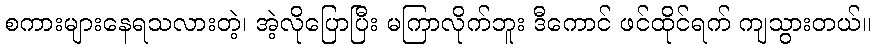
စကားများနေရသလားတဲ့၊ အဲ့လိုပြောပြီး မကြာလိုက်ဘူး ဒီကောင် ဖင်ထိုင်ရက် ကျသွားတယ်။